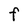
Character: F